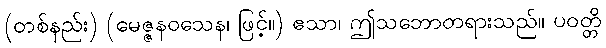
(တစ်နည်း) (မေဇ္ဇနဝသေန၊ ဖြင့်။) ဧသာ၊ ဤသဘောတရားသည်။ ပဝတ္တိ